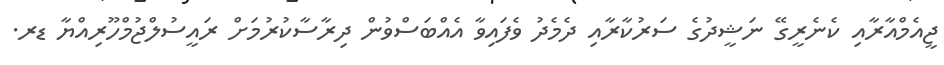
ޖީއެމްއާރާއި ކެނެރީގޭ ނަޝީދުގެ ސަރުކާރާއި ދެމެދު ވެފައިވާ އެއްބަސްވުން ދިރާސާކުރުމަށް ރައީސުލްޖުމްހޫރިއްޔާ ޑރ.